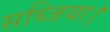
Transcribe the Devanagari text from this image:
सब्जिया।